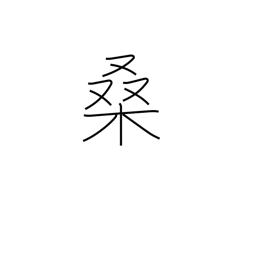
Meaning: mulberry